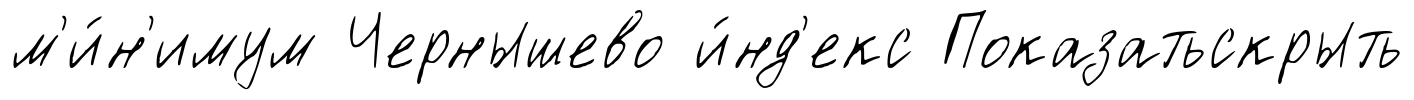
м'и́н'имум Чернышево и́нд'екс Показатьскрыть